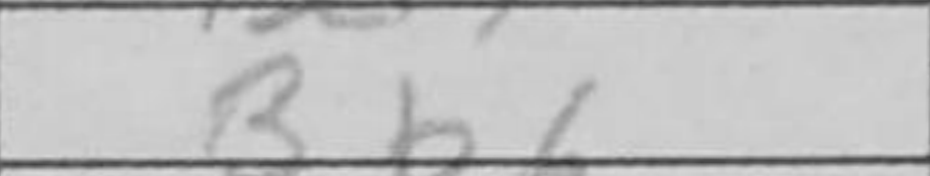
Transcription: Bb6